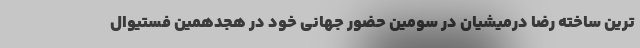
ترین ساخته رضا درمیشیان در سومین حضور جهانی خود در هجدهمین فستیوال